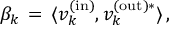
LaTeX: \beta _ { k } \, = \, \langle v _ { k } ^ { \mathrm { ( i n ) } } , v _ { k } ^ { \mathrm { ( o u t ) * } } \rangle \, ,